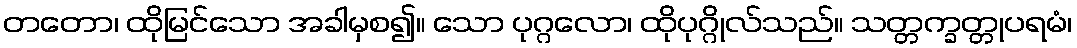
တတော၊ ထိုမြင်သော အခါမှစ၍။ သော ပုဂ္ဂလော၊ ထိုပုဂ္ဂိုလ်သည်။ သတ္တက္ခတ္တုပရမံ၊